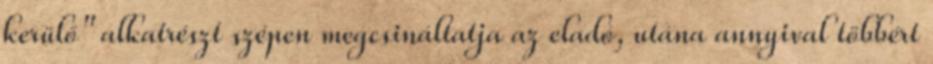
kerülő" alkatrészt szépen megcsináltatja az eladó, utána annyival többért